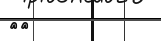
٤٨